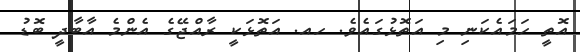
އޮތީ ހަމައެކަނި މި އަތޮޅުގައެވެ. ހއ. އަތޮޅަކީ ރާއްޖޭގެ އެންމެ އާބާދީ ބޮޑު